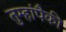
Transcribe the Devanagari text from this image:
तुम्हांपैकी